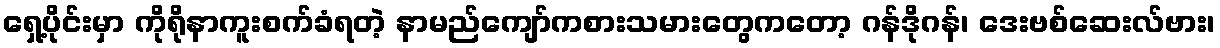
ရှေ့ပိုင်းမှာ ကိုရိုနာကူးစက်ခံရတဲ့ နာမည်ကျော်ကစားသမားတွေကတော့ ဂန်ဒိုဂန်၊ ဒေးဗစ်ဆေးလ်ဗား၊